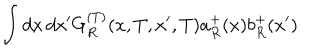
\int d x \, d x ^ { \prime } G _ { R } ^ { ( T ) } ( x , T , x ^ { \prime } , T ) a _ { R } ^ { + } ( x ) b _ { R } ^ { + } ( x ^ { \prime } )